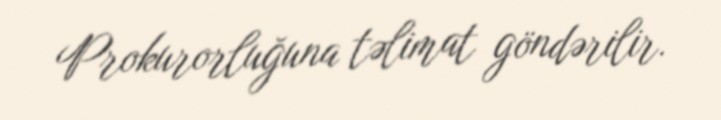
Prokurorluğuna təlimat göndərilir.